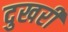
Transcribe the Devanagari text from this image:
दुखरी